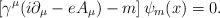
\begin{align*}\left[ \gamma ^\mu (i\partial _\mu -eA_\mu )-m\right] \psi _m(x)=0.\end{align*}